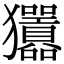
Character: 𤣣